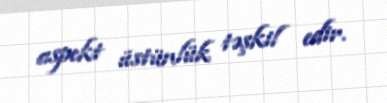
aspekt üstünlük təşkil edir.